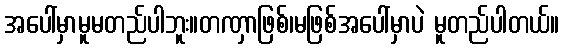
အပေါ်မှာမူမတည်ပါဘူး။တဏှာဖြစ်၊မဖြစ်အပေါ်မှာပဲ မူတည်ပါတယ်။